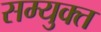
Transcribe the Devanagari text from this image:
सम्युक्त